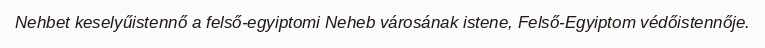
Nehbet keselyűistennő a felső-egyiptomi Neheb városának istene, Felső-Egyiptom védőistennője.